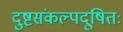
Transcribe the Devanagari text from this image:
दुष्टसंकल्पदूषितः